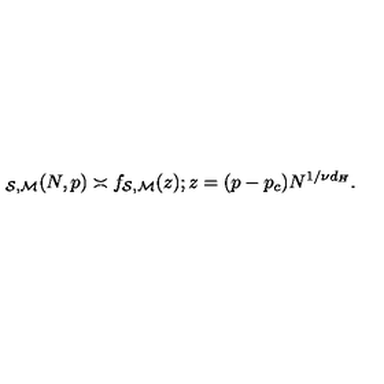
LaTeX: \protectu _ { { \cal { S } } , { \cal { M } } } ( N , p ) \asymp f _ { { \cal { S } } , { \cal { M } } } ( z ) ; z = ( p - p _ { c } ) N ^ { 1 / \nu d _ { H } } .